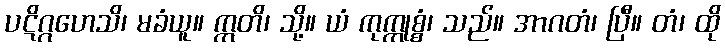
ပဋိဂ္ဂဟေသိ၊ မခံယူ။ ဣတိ၊ သို့။ ယံ ကုက္ကုစ္စံ၊ သည်။ အာဂတံ၊ ပြီ။ တံ၊ ထို